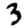
Digit: 3